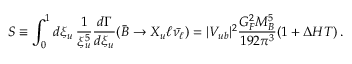
S \equiv \int _ { 0 } ^ { 1 } d \xi _ { u } \, \frac { 1 } { \xi _ { u } ^ { 5 } } \frac { d \Gamma } { d \xi _ { u } } ( \bar { B } \to X _ { u } \ell \bar { \nu _ { \ell } } ) = | V _ { u b } | ^ { 2 } \frac { G _ { F } ^ { 2 } M _ { B } ^ { 5 } } { 1 9 2 \pi ^ { 3 } } ( 1 + \Delta H T ) \, .